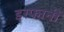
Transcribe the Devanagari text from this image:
इरफानी